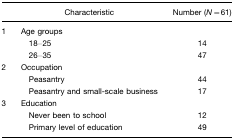
|  | Characteristic | Number (N=61) |
 | --- | --- | --- |
 | 1 | Age groups |  |
 |  | 18–25 | 14 |
 |  | 26–35 | 47 |
 | 2 | Occupation |  |
 |  | Peasantry | 44 |
 |  | Peasantry and small-scale business | 17 |
 | 3 | Education |  |
 |  | Never been to school | 12 |
 |  | Primary level of education | 49 |